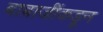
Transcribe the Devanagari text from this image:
बाबाजींकडून